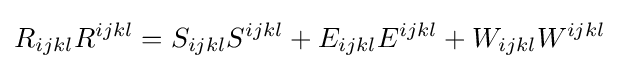
R_{ijkl}R^{ijkl}=S_{ijkl}S^{ijkl}+E_{ijkl}E^{ijkl}+W_{ijkl}W^{ijkl}